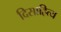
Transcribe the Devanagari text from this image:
दिसाहित्य